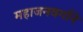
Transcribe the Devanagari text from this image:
महाजनवर्गाने